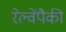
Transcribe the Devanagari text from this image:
रेल्वेंपैकी